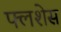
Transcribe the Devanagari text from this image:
फ्लशेस